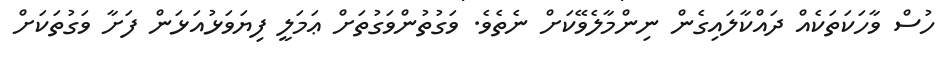
ހުސް ވާހަކަތަކެއް ދައްކާލައިގެން ނިންމާލެވޭކަށް ނެތެވެ. ވަގުތުންވަގުތަށް ޢަމަލީ ފިޔަވަޅުއަޅަން ފަށާ ވަގުތަކަށް